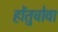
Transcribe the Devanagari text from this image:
होंतुचोवा